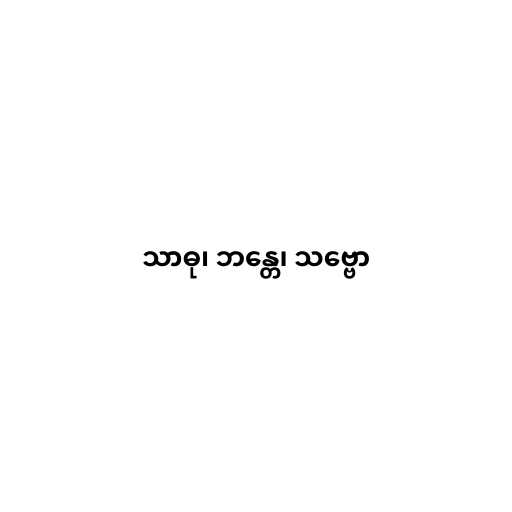
သာဓု၊ ဘန္တေ၊ သဗ္ဗော